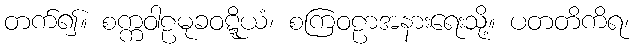
တက်၍။ စက္ကဝါဠမုခဝဋ္ဋိယံ၊ စကြဝဠာအနားရေးသို့။ ပတတိကိရ၊